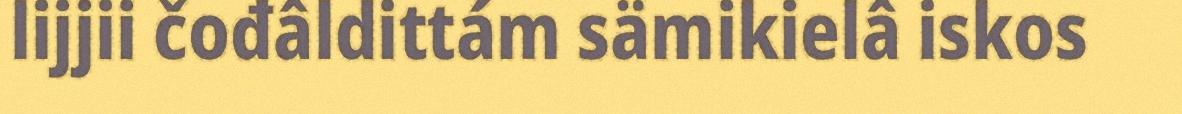
lijjii čođâldittám sämikielâ iskos